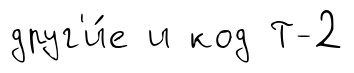
друг'и́е и код Т-2